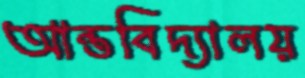
আন্তবিদ্যালয়